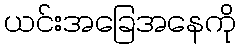
ယင်းအခြေအနေကို